Bombay plague: being a history of the progress of plague in the Bombay presidency from September 1896 to June 1899
Year: 1896
Disease focus: Plague
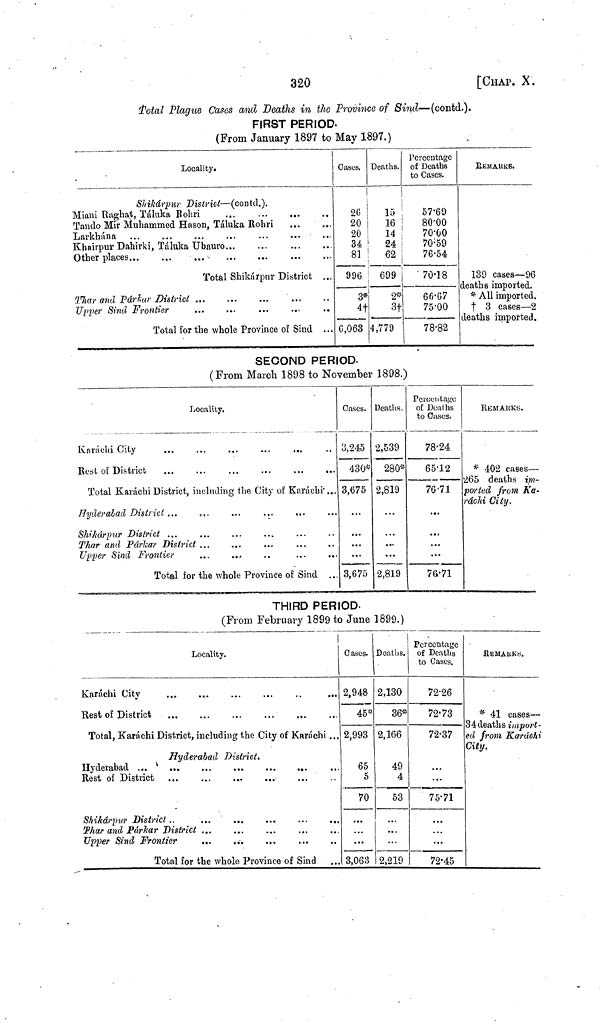
320
[CHAP. X.
Total Plague Cases and Deaths in the Province of Sind—(contd.).
FIRST PERIOD.
(From January 1897 to May 1897.)
Locality.
Shikárpur District—(contd.).
Miani Raghat, Táluka Rohri
Tando Mir Muhammed Hason, Táluka Rohri
Larkhána
Khairpur Dahirki, Táluka Ubauro
Other
places
Total Shikárpur District ...
Thar and Párkar District ...
Upper Sind Frontier
Total for the whole Province of Sind . . .
Cases.
2G
20
20
34
81
996
3*
4†
6,063
Deaths.
15
16
14
24
62
699
2*
3t
4,779
Percentage
of Deaths
to Cases.
57 69
80 00
70 00
70 59
76 54
70 18
66 07
75 00
78 82
REMARKS.
139 cases—96
deaths imported.
* All imported.
† 3 cases—2
deaths imported.
SECOND PERIOD.
(From March 1898 to November 1898.)
Locality.
Rest of District
Total Karachi District, including the City of Karáchi...
Hyderabad District ...
Shikárpur District ...
Thar and Párkar District ...
...
Upper Sind Frontier
...
...
Total for the whole Province of Sind ...
Cascs.
3,245
430*
3,675
3,675
Deaths.
2,539
280*
2,819
...
2,819
Percentage
of Deaths
to Gases.
78 24
65 12
76 71
...
...
...
...
76 71
REMARKS.
* 402 cases—
265 deaths im-
ported from Ka-
ráchi City.
THIRD PERIOD.
(From February 1899 to June 1899.)
Locality.
Karáchi City
...
...
...
...
...
Rest of District
Total, Karachi District, including the City of Karáchi ...
Hyderabad District.
Hyderabad ...
...
Rest of District ...
...
...
...
Thar and Párkar District ...
Upper Sind Frontier
Total for the whole Province of Sind
Cascs.
2,948
45*
2,993
65
5
70
3,063
Deaths.
2,130
36*
2,166
49
4
53
2,219
Percentage
of Deaths
to Cases.
72 26
72 73
72 37
...
75 71
...
72 45
REMARKS.
* 41 cases —
34 deaths import-
ed from Karúchi
City.